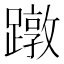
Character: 蹾